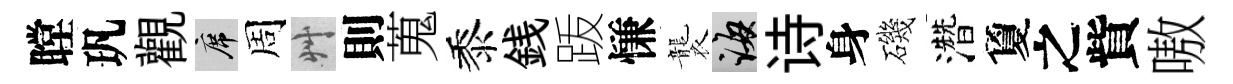
瞠㺬觀席周艸則蒐黍銭䟦慊襲誨诗身磯濳夐之貲嗷